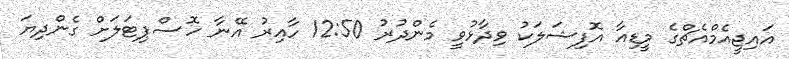
އައިޖީއެމްއެޗްގެ މީޑިއާ އޮފިޝަލަކު ވިދާޅުވީ މެންދުރު 12:50 ހާއިރު އޭނާ ހޮސްޕިޓަލަށް ގެންދިޔަ